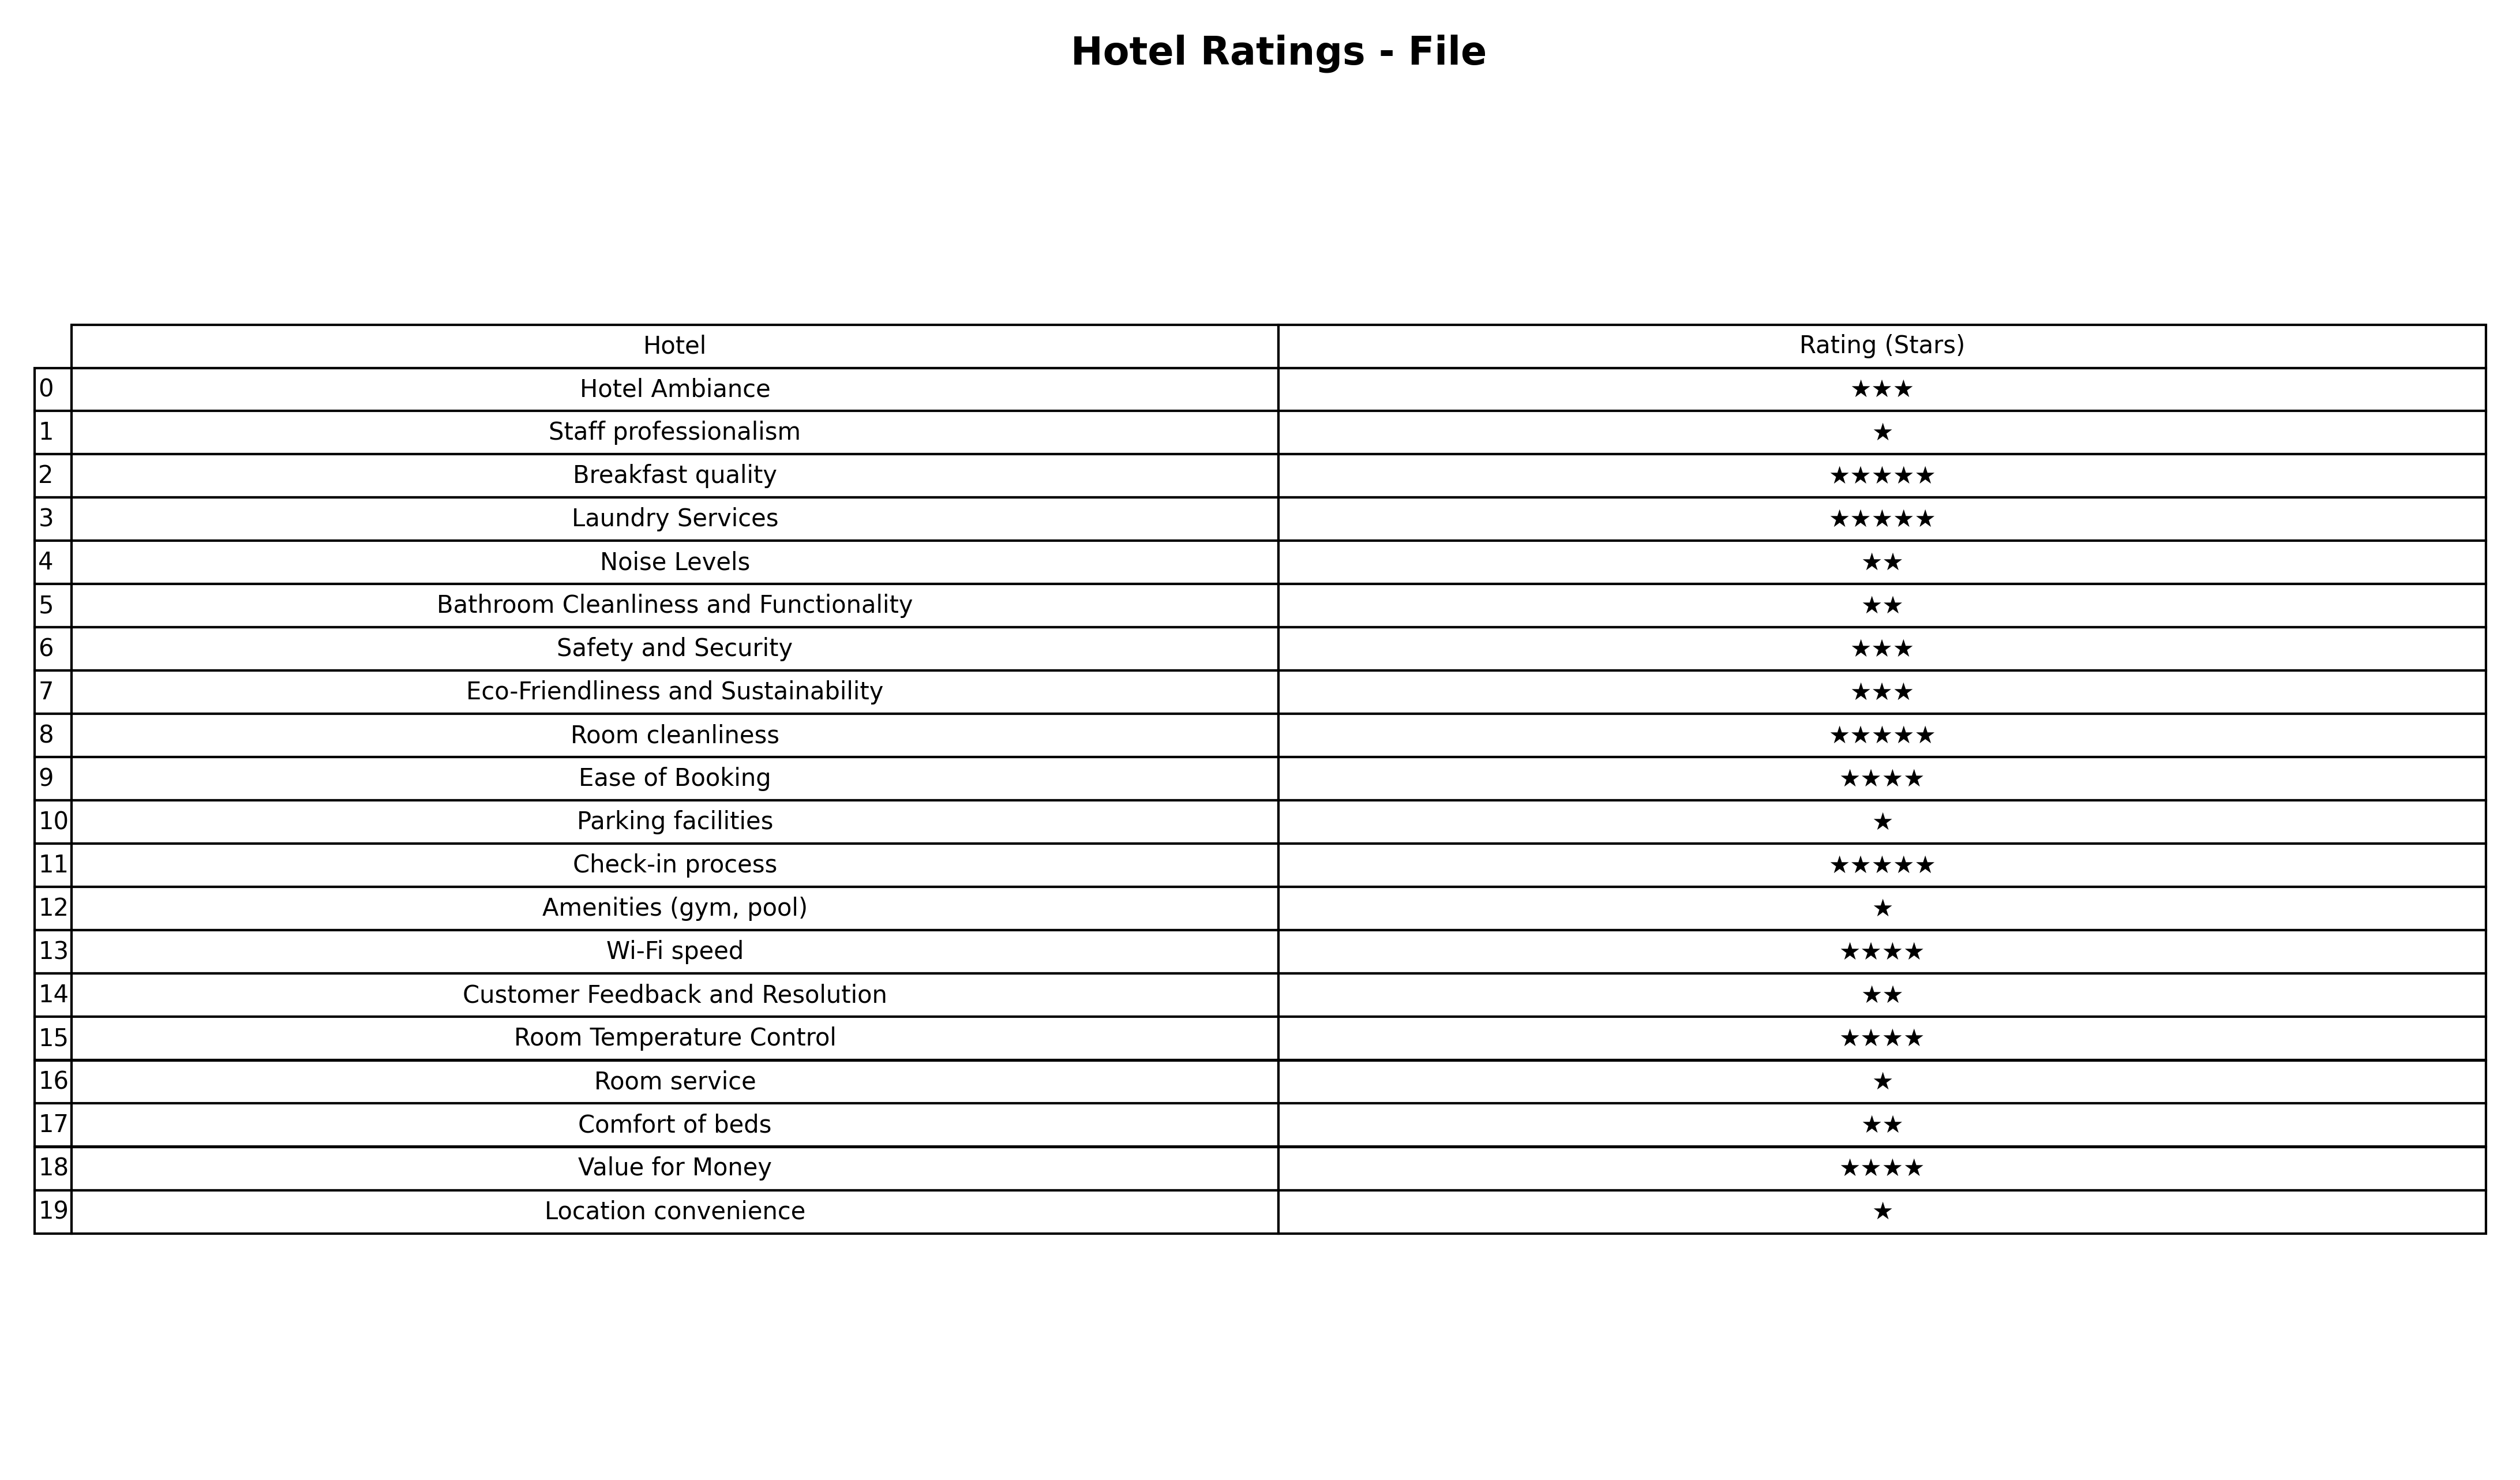
question: What are three star services?
answer: Hotel AmbianceSafety and SecurityEco-Friendliness and Sustainability